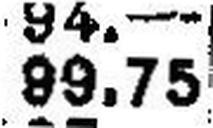
89.75